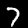
Label: 7